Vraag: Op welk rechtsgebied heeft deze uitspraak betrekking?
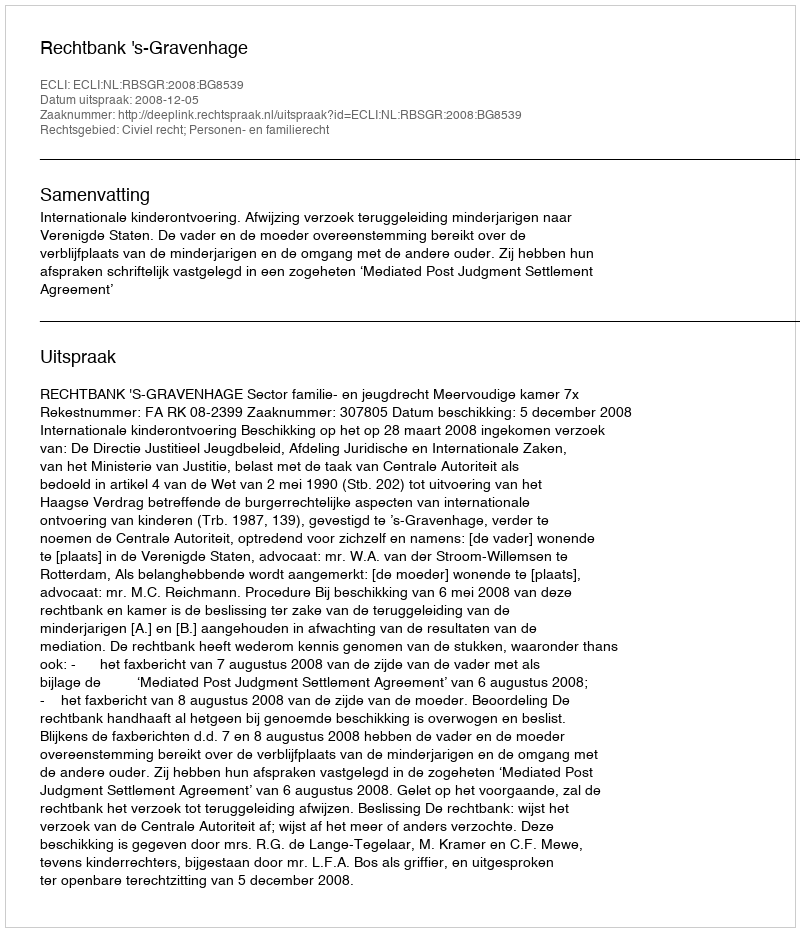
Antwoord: Civiel recht; Personen- en familierecht